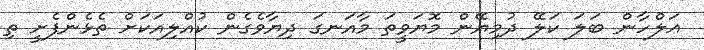
ޢަލްހާން ބަލަ ކަލޭ ދުމިޔޭން މޮޔަވީތަ މާއަނގަ ދިޔާވެގެން ކުއްލިއަކަށް ތެޅެންފެށީ ތި